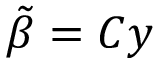
{ \tilde { \beta } } = C y